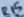
Text: R15